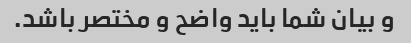
و بیان شما باید واضح و مختصر باشد.